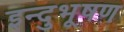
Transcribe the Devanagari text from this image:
इन्दुभूषण